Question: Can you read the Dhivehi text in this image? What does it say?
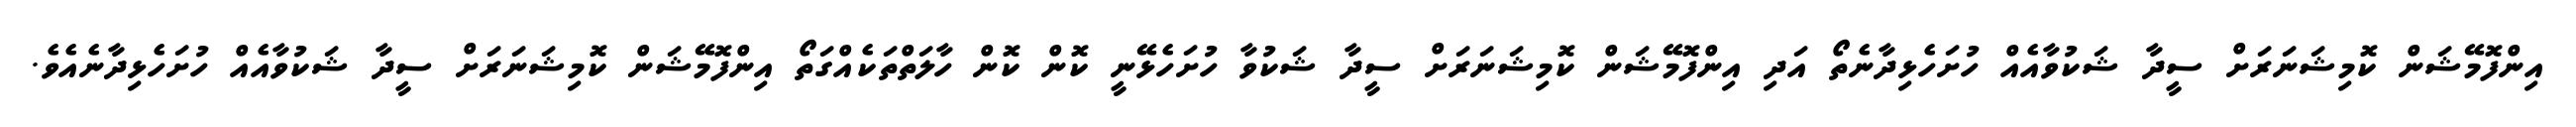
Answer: އިންފޮމޭޝަން ކޮމިޝަނަރަށް ސީދާ ޝަކުވާއެއް ހުށަހެޅިދާނެތޯ އަދި އިންފޮމޭޝަން ކޮމިޝަނަރަށް ސީދާ ޝަކުވާ ހުށަހެޅޭނީ ކޮން ކޮން ހާލަތްތަކެއްގަތޯ އިންފޮމޭޝަން ކޮމިޝަނަރަށް ސީދާ ޝަކުވާއެއް ހުށަހެޅިދާނެއެވެ.